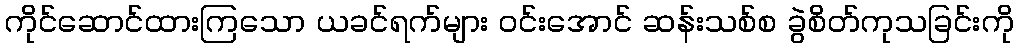
ကိုင်ဆောင်ထားကြသော ယခင်ရက်များ ဝင်းအောင် ဆန်းသစ်စ ခွဲစိတ်ကုသခြင်းကို